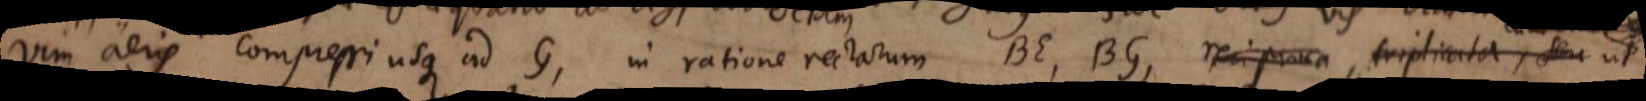
vim aeris compressi usque ad G, in ratione rectarum BE, BG, reciproca triplicata, seu ut